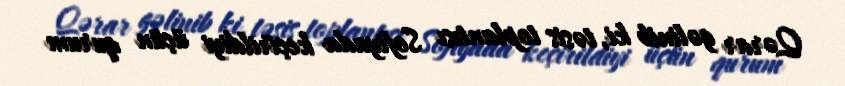
Qərar gəlinib ki, təsis toplantısı Sofiyada keçirildiyi üçün qurum